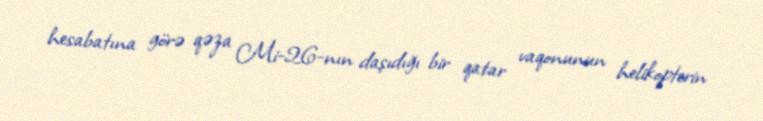
hesabatına görə qəza Mi-26-nın daşıdığı bir qatar vaqonunun helikopterin